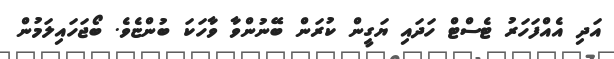
އަދި އެއްފަހަރު ޓެސްޓް ހަދައި ޔަގީން ކުރަން ބޭނުންވާ ވާހަކަ ބުންޏެވެ. ބޯޖަހައިލަމުން